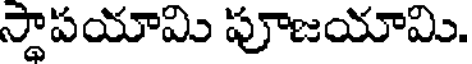
స్థాపయామి పూజయామి.